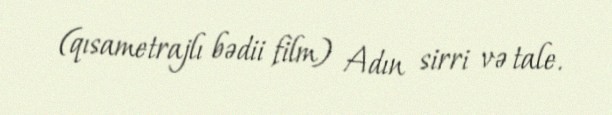
(qısametrajlı bədii film) Adın sirri və tale.